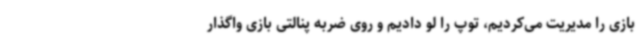
بازی را مدیریت می‌کردیم، توپ را لو دادیم و روی ضربه پنالتی بازی واگذار